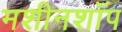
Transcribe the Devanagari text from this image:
मशीनशॉप